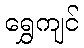
ရွှေကျင်